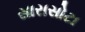
સારાસોટા